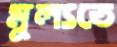
মূল্যতে